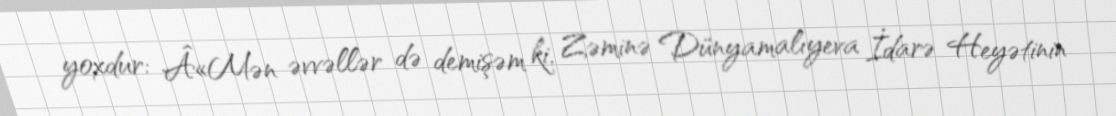
yoxdur: Â«Mən əvvəllər də demişəm ki, Zəminə Dünyamalıyeva İdarə Heyətinin